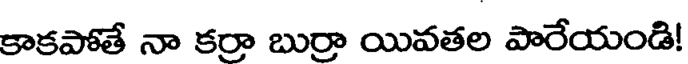
కాకపోతే నా కర్రా బుర్రా యివతల పారేయండి!